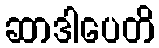
ဆာဒါပေတိ